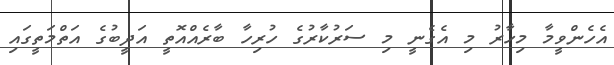
އެހެންވީމާ މިހާރު މި އެގެނީ މި ސަރުކާރުގެ ހުރިހާ ބާރެއްއޮތީ އަދީބުގެ އަތްމަތީގައި